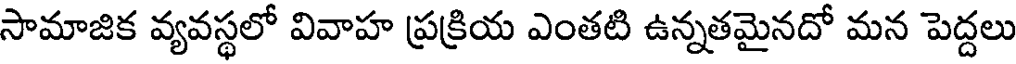
సామాజిక వ్యవస్థలో వివాహ ప్రక్రియ ఎంతటి ఉన్నతమైనదో మన పెద్దలు